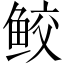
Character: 鲛